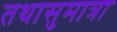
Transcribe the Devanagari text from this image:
तथासुमात्रा